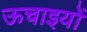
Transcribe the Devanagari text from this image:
ऊचाइयों